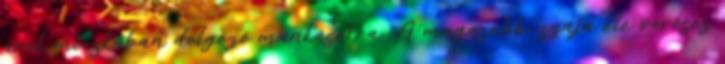
árok mocskában dolgozó munkásokra. A magasabb, szája elé vöröses